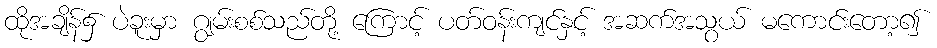
ထိုအချိန်၌ ပဲခူးမှာ ဂျွမ်းစစ်သည်တို့ ကြောင့် ပတ်ဝန်းကျင်နှင့် အဆက်အသွယ် မကောင်းတော့၍